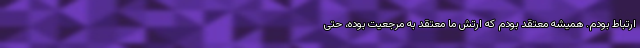
ارتباط بودم. همیشه معتقد بودم که ارتش ما معتقد به مرجعیت بوده، حتی